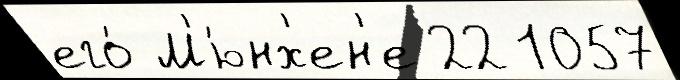
его́ М'ю́нх'ен'е 22 1057